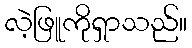
လဲ့ဖြူကိုရှာသည်။